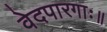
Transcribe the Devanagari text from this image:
वेदपारगाः॥